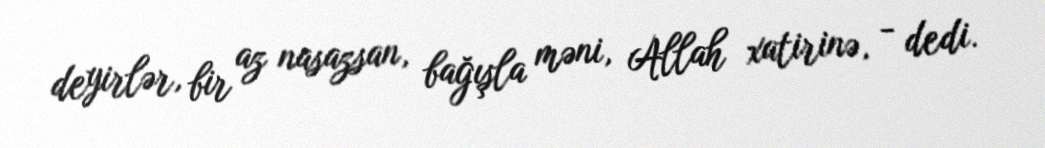
deyirlər, bir az nasazsan, bağışla məni, Allah xatirinə, - dedi.